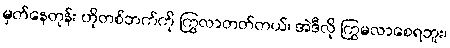
မှတ်နေတုန်း ဟိုတစ်ဘက်ကို ကြွလာတတ်တယ်၊ အဲဒီလို ကြွမလာစေရဘူး၊